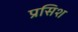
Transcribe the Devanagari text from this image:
प्रसिश